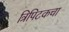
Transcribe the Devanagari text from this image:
त्रिपिटकचा